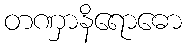
တဏှာနိရောဓော